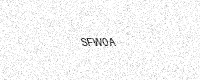
Text: SFW0A